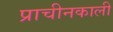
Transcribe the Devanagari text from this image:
प्राचीनकाली